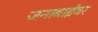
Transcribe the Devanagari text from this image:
जनाबाईंवर